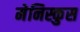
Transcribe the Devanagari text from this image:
मेनिस्कुस